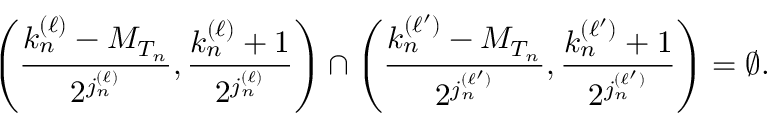
\left( \frac { k _ { n } ^ { ( \ell ) } - M _ { T _ { n } } } { 2 ^ { j _ { n } ^ { ( \ell ) } } } , \frac { k _ { n } ^ { ( \ell ) } + 1 } { 2 ^ { j _ { n } ^ { ( \ell ) } } } \right) \cap \left( \frac { k _ { n } ^ { ( \ell ^ { \prime } ) } - M _ { T _ { n } } } { 2 ^ { j _ { n } ^ { ( \ell ^ { \prime } ) } } } , \frac { k _ { n } ^ { ( \ell ^ { \prime } ) } + 1 } { 2 ^ { j _ { n } ^ { ( \ell ^ { \prime } ) } } } \right) = \emptyset .